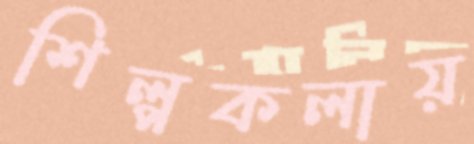
শিল্পকলায়